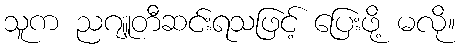
သူက ညဂျူတီဆင်းရသဖြင့် ပြေးဖို့ မလို။